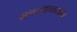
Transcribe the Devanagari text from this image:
मनःसामर्थ्याने